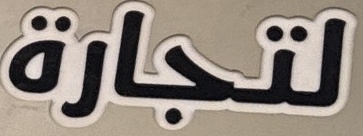
لتجارة